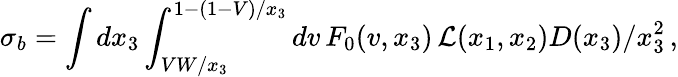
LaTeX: \sigma_{b}=\int dx_{3}\int_{VW/x_{3}}^{1-(1-V)/x_{3}}dv\, F_{0}(v,x_{3})\, {\cal L}(x_{1},x_{2})D(x_{3})/x_{3}^{2}\, ,